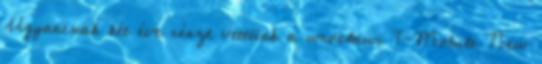
Ugyancsak két éve részt vettünk a wrocławi T-Mobile New